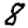
Digit: 8